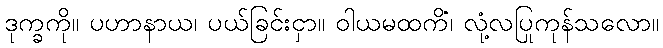
ဒုက္ခကို။ ပဟာနာယ၊ ပယ်ခြင်းငှာ။ ဝါယမထကိံ၊ လုံ့လပြုကုန်သလော။